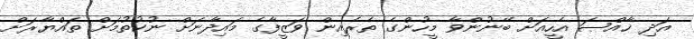
އަދި ޚާއްޞަ އެހީއަށް ބޭނުންވާ މީހުންގެ ތެރެއިން ވަޒީފާގެ މައިދާނަށް ނުކުތުމަށް ތައްޔާރަށް